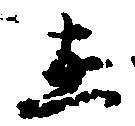
在